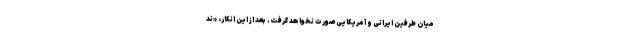
میان طرفین ایرانی و آمریکایی صورت نخواهد گرفت. بعد از این انکار، «ند